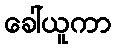
ခေါ်ယူကာ